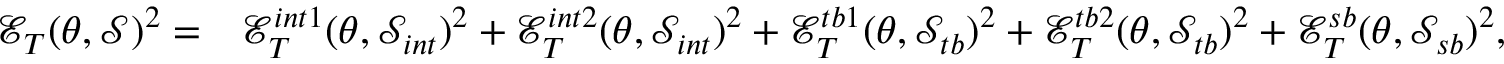
\begin{array} { r l } { \mathcal { E } _ { T } ( \theta , \mathcal { S } ) ^ { 2 } = } & { \mathcal { E } _ { T } ^ { i n t 1 } ( \theta , \mathcal { S } _ { i n t } ) ^ { 2 } + \mathcal { E } _ { T } ^ { i n t 2 } ( \theta , \mathcal { S } _ { i n t } ) ^ { 2 } + \mathcal { E } _ { T } ^ { t b 1 } ( \theta , \mathcal { S } _ { t b } ) ^ { 2 } + \mathcal { E } _ { T } ^ { t b 2 } ( \theta , \mathcal { S } _ { t b } ) ^ { 2 } + \mathcal { E } _ { T } ^ { s b } ( \theta , \mathcal { S } _ { s b } ) ^ { 2 } , } \end{array}